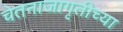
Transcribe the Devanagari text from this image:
चेतनाजागृतीच्या